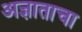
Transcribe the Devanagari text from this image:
अज्ञाताचा